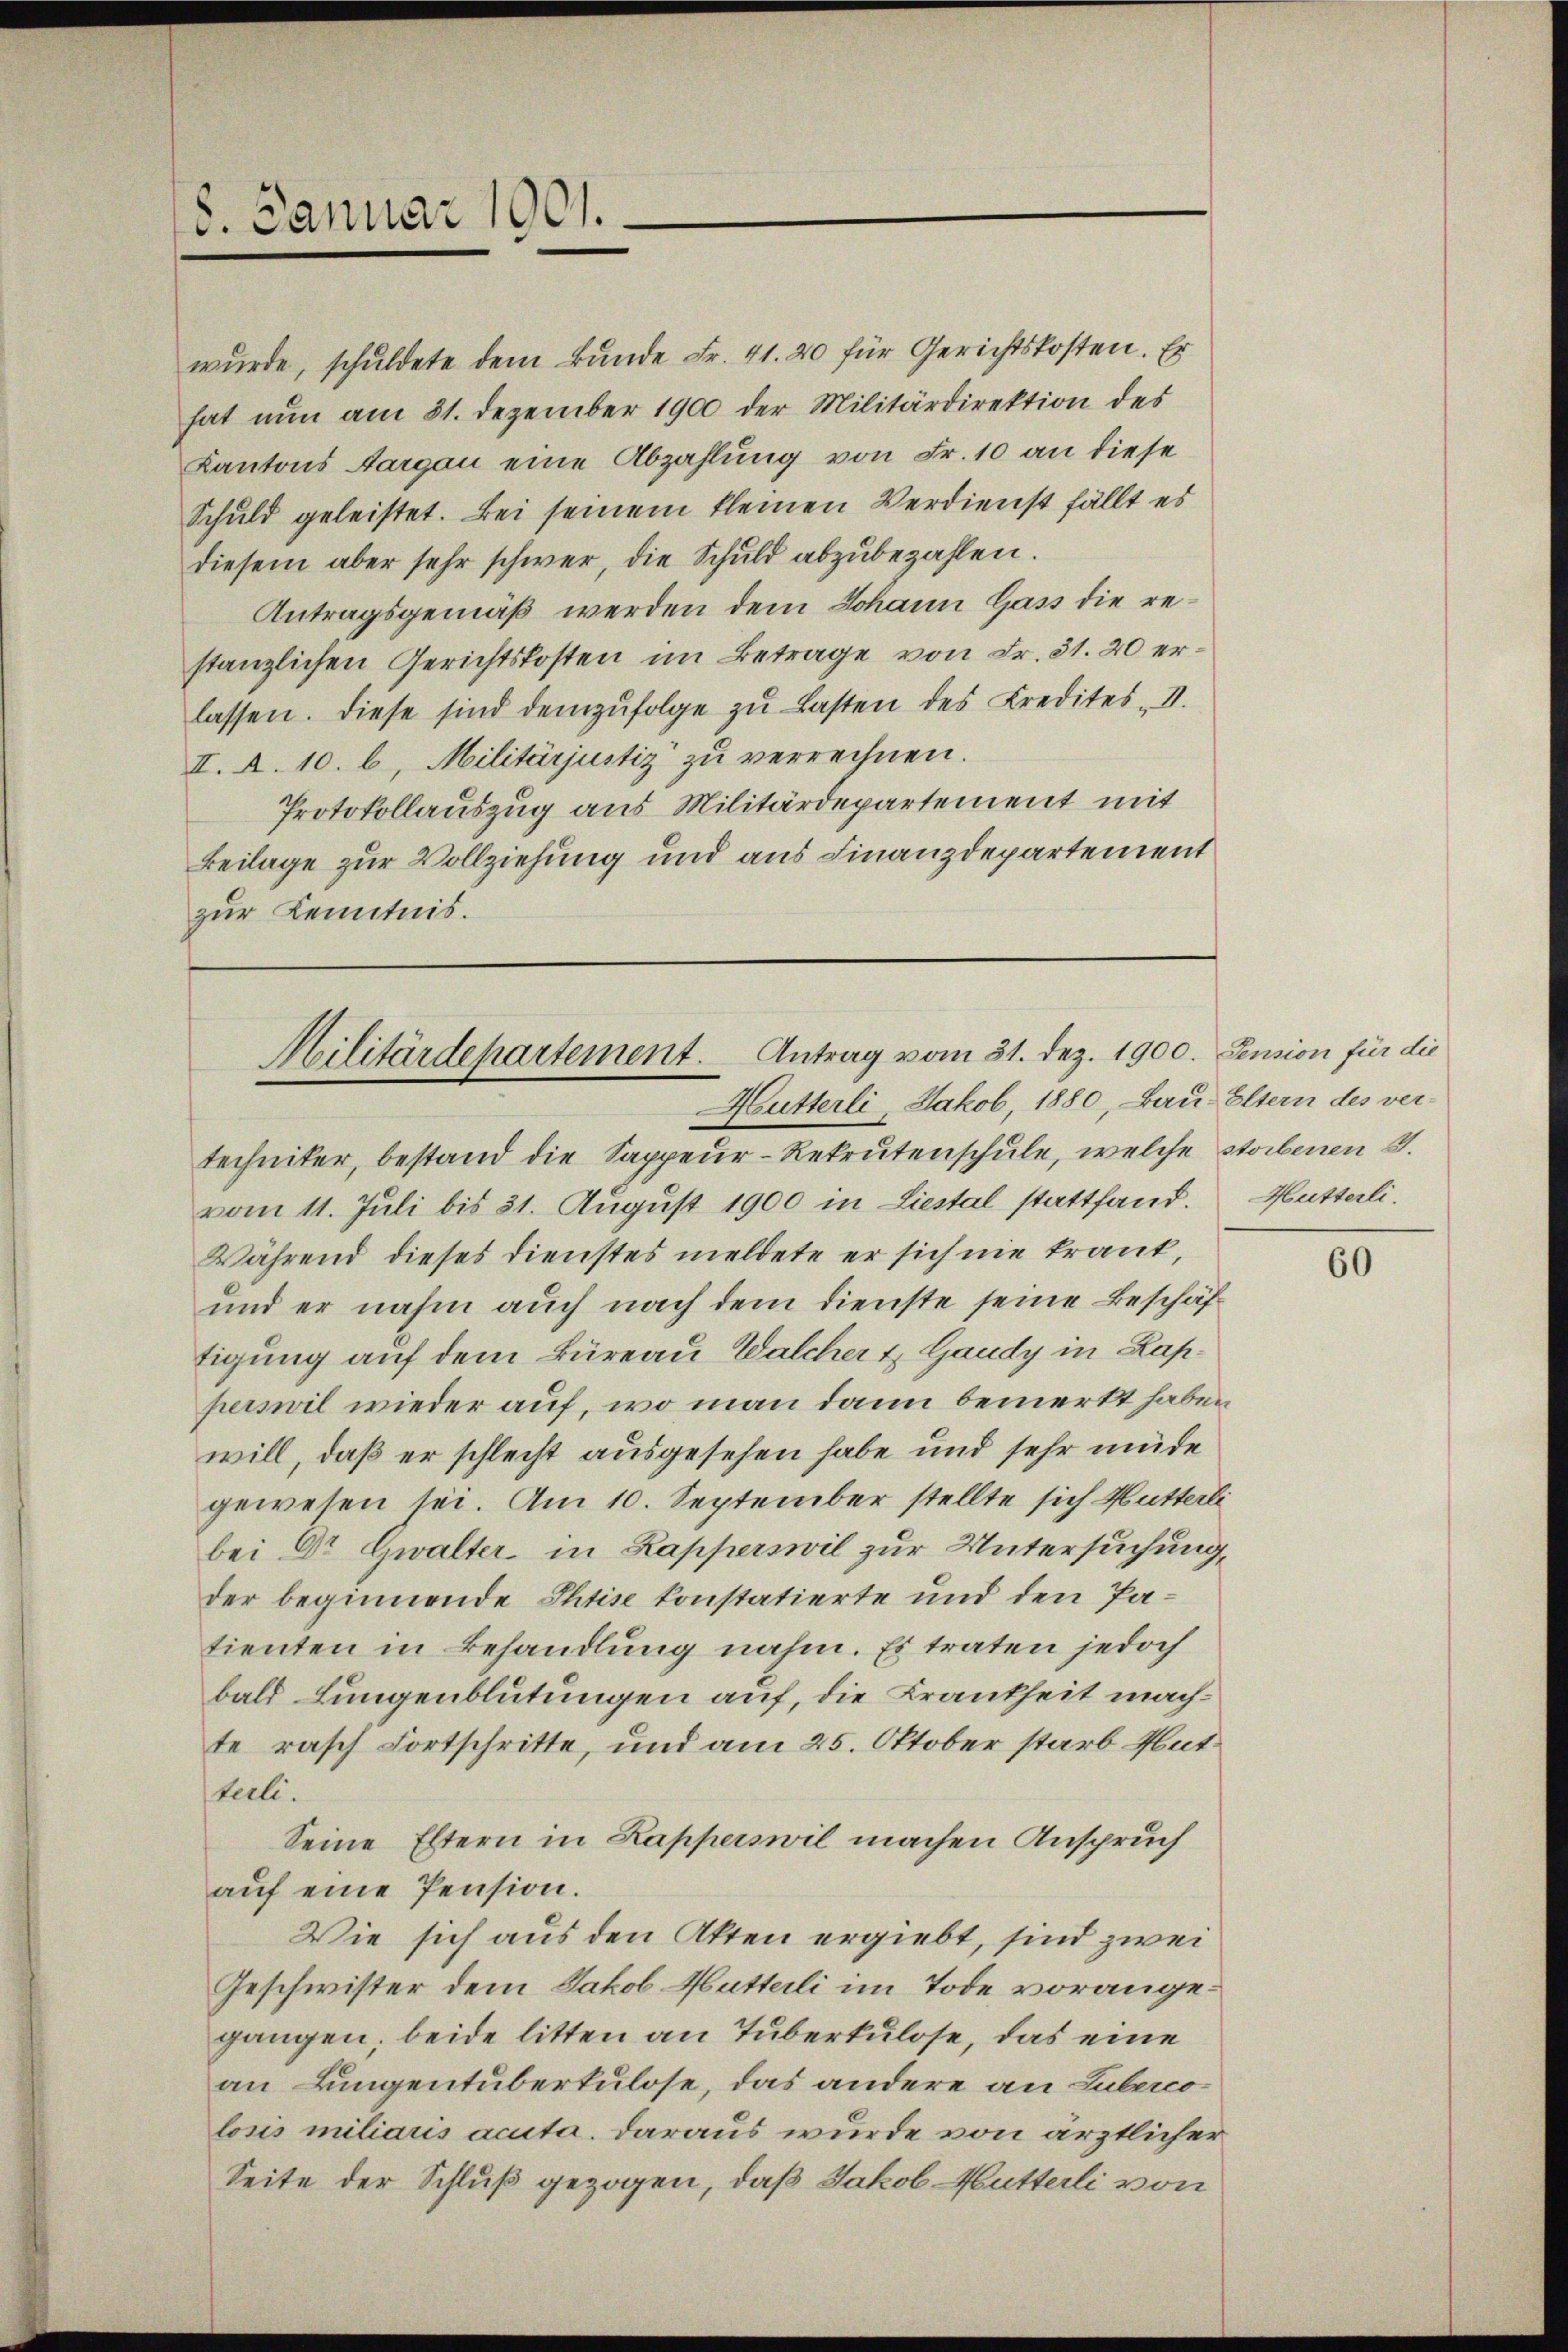
8. Januar 1901.

wurde, schuldete dem Bunde Fr. 41. 20 für Gerichtskosten. Es
hat nun am 31. Dezember 1900 der Militärdirektion des
Kantons Aargau eine Abzahlung von Fr. 10 an diese
Schuld geleistet. Bei seinem kleinen Verdienst fällt es
diesem aber sehr schwer, die Schuld abzubezahlen.
Antragsgemäß werden dem Johann Gass die restanzlichen Gerichtskosten im Betrage von Fr. 51. 20 erlassen. Diese sind demzufolge zu Lasten des Kredites II.
II. A. 10. b. Militärjustiz zu verrechnen.
Protokollauszug aus Militärdepartement mit
Beilage zur Vollziehung und aus Finanzdepartement
zur Kenntnis.

Militärdepartement. Antrag vom 31. Dez. 1900. Pension für die
Hutterli, Jakob, 1880, Bau Eltern des ver¬

techniker, bestand die Sappeur-Rekrutenschule, welche storbenen 3.
vom 11. Juli bis 31. August 1900 in Liestal stattfand. Mutterli.
Während dieses Dienstes meldete er sich nie traut,
und er nahm auch nach dem Dienste seine Beschäftigung auf dem Büreau Walcher u Gaudy in Kapperswil wieder auf, wo man dann bemerkt haben
will, daß er schlecht ausgesehen habe und sehr müde
gewesen sei. Am 10. September stellte sich Mutterli
bei Dr Gwalter in Kapperswil zur Untersuchung,
der beginnende Phtise konstatierte und den Patienten in Behandlung nahm. Es traten jedoch
bald Lungenblutungen auf, die Krankheit machte rasch Fortschritte, und am 25. Oktober starb Hutterli.
Seine Eltern in Kapperswil machen Anspruch
auf eine Pension.
Wie sich aus den Akten ergiebt, sind zwei
Geschwister dem Jakob Mutterli im Tode vorangegangen, beide litten an Tuberkulose, das eine
an Lungentuberkulose, das andere an Lubercolosis miliaris acuta. Daraus wurde von ärztlicher
Seite der Schluß gezogen, daß Jakob Mutterli von

60